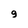
Character: 9